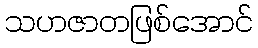
သဟဇာတဖြစ်အောင်